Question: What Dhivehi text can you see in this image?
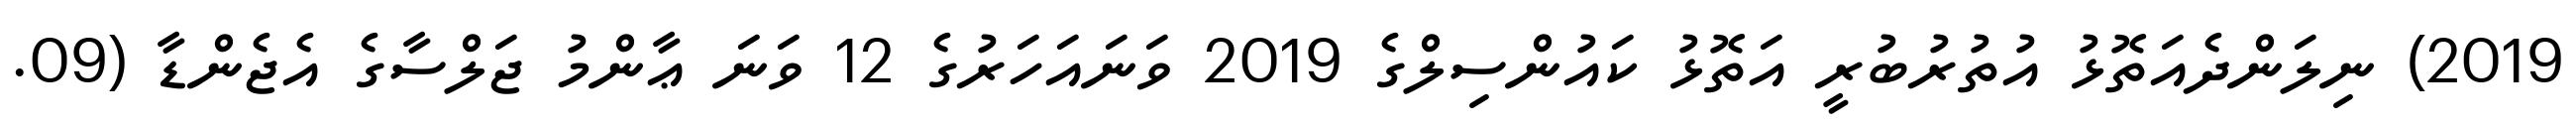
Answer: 2019) ނިލަންދެއަތޮޅު އުތުރުބުރީ އަތޮޅު ކައުންސިލްގެ 2019 ވަނައަހަރުގެ 12 ވަނަ ޢާންމު ޖަލްސާގެ އެޖެންޑާ (09.